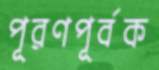
পূরণপূর্বক